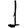
Digit: 1